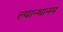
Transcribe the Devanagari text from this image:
ल्यान्थानम